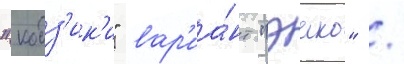
"кодз'ик'и" вар'иа́нт "эико" /